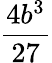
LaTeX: \frac{4b^{3}}{27}